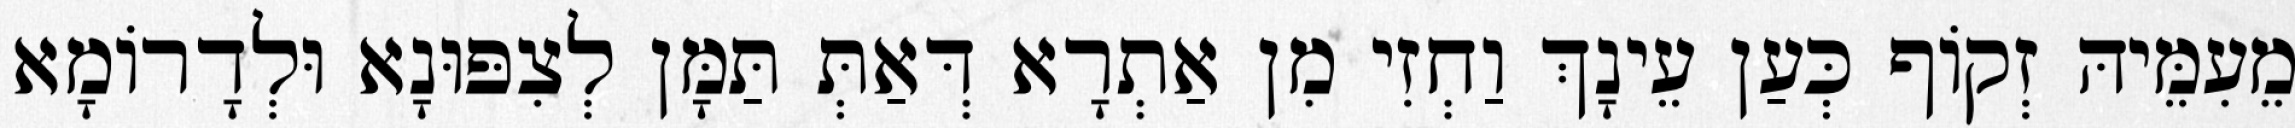
מֵעִמֵּיהּ זְקוֹף כְּעַן עֵינָךְ וַחְזִי מִן אַתְרָא דְּאַתְּ תַּמָּן לְצִפּוּנָא וּלְדָרוֹמָא